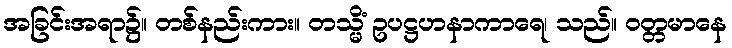
အခြင်းအရာ၌။ တစ်နည်းကား။ တသ္မိံ ဥပဋ္ဌဟနာကာရေ၊ သည်။ ဝတ္တမာနေ